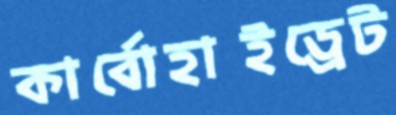
কার্বোহাইড্রেট